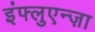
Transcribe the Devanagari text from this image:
इंफ्लुएन्ज़ा